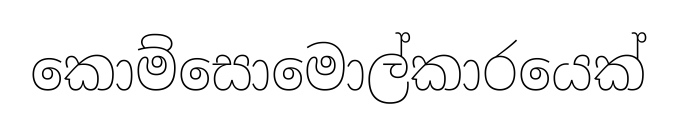
කොම්සොමොල්කාරයෙක්